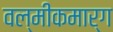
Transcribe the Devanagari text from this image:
वल्मीकमार्ग